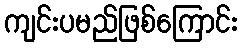
ကျင်းပမည်ဖြစ်ကြောင်း